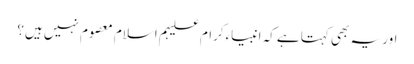
اور یہ بھی کہتا ہے کہ انبیاءکرام علیہم اسلام معصوم نہیں ہیں؟